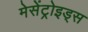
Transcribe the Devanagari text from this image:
मेसेंट्रोइड्स